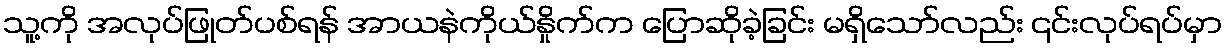
သူ့ကို အလုပ်ဖြုတ်ပစ်ရန် အာယနဲကိုယ်နှိုက်က ပြောဆိုခဲ့ခြင်း မရှိသော်လည်း ၎င်းလုပ်ရပ်မှာ